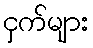
ငှက်များ